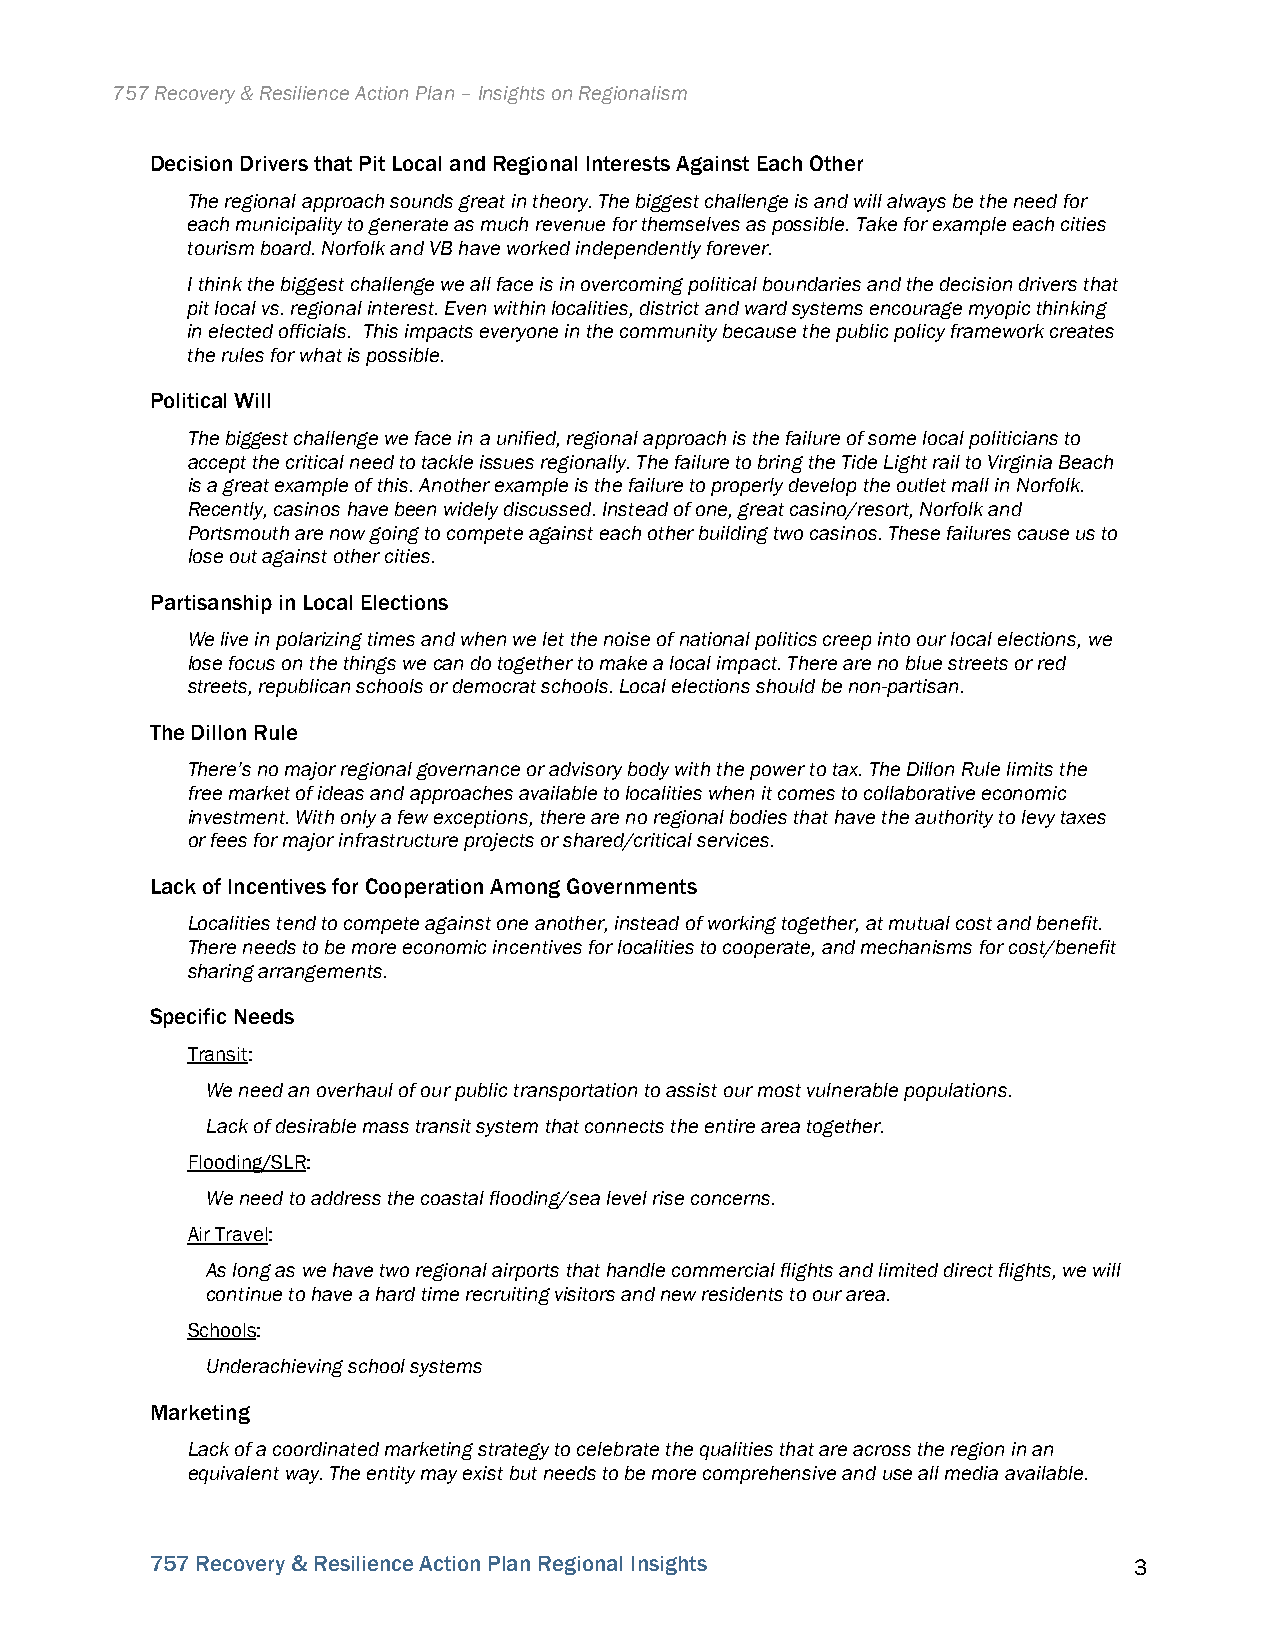
757 Recovery & Resilience Action Plan – Insights on Regionalism
 Decision Drivers that Pit Local and Regional Interests Against Each Other
 The regional approach sounds great in theory. The biggest challenge is and will always be the need for
 each municipality to generate as much revenue for themselves as possible. Take for example each cities
 tourism board. Norfolk and VB have worked independently forever.
 I think the biggest challenge we all face is in overcoming political boundaries and the decision drivers that
 pit local vs. regional interest. Even within localities, district and ward systems encourage myopic thinking
 in elected officials. This impacts everyone in the community because the public policy framework creates
 the rules for what is possible.
 Political Will
 The biggest challenge we face in a unified, regional approach is the failure of some local politicians to
 accept the critical need to tackle issues regionally. The failure to bring the Tide Light rail to Virginia Beach
 is a great example of this. Another example is the failure to properly develop the outlet mall in Norfolk.
 Recently, casinos have been widely discussed. Instead of one, great casino/resort, Norfolk and
 Portsmouth are now going to compete against each other building two casinos. These failures cause us to
 lose out against other cities.
 Partisanship in Local Elections
 We live in polarizing times and when we let the noise of national politics creep into our local elections, we
 lose focus on the things we can do together to make a local impact. There are no blue streets or red
 streets, republican schools or democrat schools. Local elections should be non-partisan.
 The Dillon Rule
 There’s no major regional governance or advisory body with the power to tax. The Dillon Rule limits the
 free market of ideas and approaches available to localities when it comes to collaborative economic
 investment. With only a few exceptions, there are no regional bodies that have the authority to levy taxes
 or fees for major infrastructure projects or shared/critical services.
 Lack of Incentives for Cooperation Among Governments
 Localities tend to compete against one another, instead of working together, at mutual cost and benefit.
 There needs to be more economic incentives for localities to cooperate, and mechanisms for cost/benefit
 sharing arrangements.
 Specific Needs
 Transit:
 We need an overhaul of our public transportation to assist our most vulnerable populations.
 Lack of desirable mass transit system that connects the entire area together.
 Flooding/SLR:
 We need to address the coastal flooding/sea level rise concerns.
 Air Travel:
 As long as we have two regional airports that handle commercial flights and limited direct flights, we will
 continue to have a hard time recruiting visitors and new residents to our area.
 Schools:
 Underachieving school systems
 Marketing
 Lack of a coordinated marketing strategy to celebrate the qualities that are across the region in an
 equivalent way. The entity may exist but needs to be more comprehensive and use all media available.
 757 Recovery & Resilience Action Plan Regional Insights          3